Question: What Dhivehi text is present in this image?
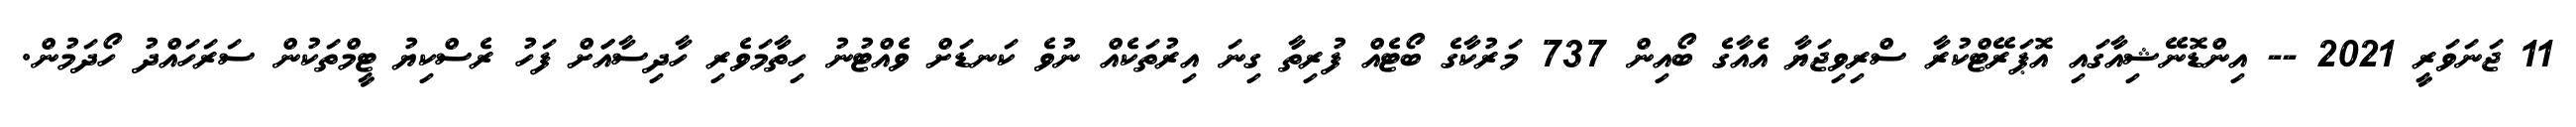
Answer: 11 ޖަނަވަރީ 2021 -- އިންޑޮނޭޝިއާގައި އޮޕަރޭޓްކުރާ ސްރިވިޖަޔާ އެއާގެ ބޯއިން 737 މަރުކާގެ ބޯޓެއް ފުރިތާ ގިނަ އިރުތަކެއް ނުވެ ކަނޑަށް ވެއްޓުނު ހިތާމަވެރި ހާދިސާއަަށް ފަހު ރެސްކިޔު ޓީމްތަކުން ސަރަހައްދު ހޯދަމުން.